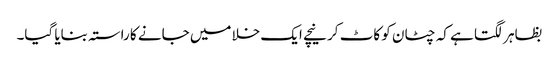
بظاہر لگتا ہے کہ چٹان کو کاٹ کر نیچے ایک خلا میں جانے کا راستہ بنایا گیا۔